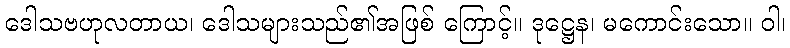
ဒေါသဗဟုလတာယ၊ ဒေါသများသည်၏အဖြစ် ကြောင့်။ ဒုဋ္ဌေန၊ မကောင်းသော။ ဝါ၊